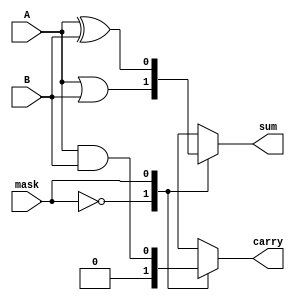
`timescale 1ns / 1ps
//////////////////////////////////////////////////////////////////////////////////
// Company: 
// Engineer: 
// 
// Design Name: 
// Module Name:    one 
// Project Name: 
// Target Devices: 
// Tool versions: 
// Description: 
//
// Dependencies: 
//
// Revision: 
// Revision 0.01 - File Created
// Additional Comments: 
//
//////////////////////////////////////////////////////////////////////////////////
module one(A , B, sum, carry , mask);

input A;
input B;
input mask;
output reg sum ;
output reg carry ;

always @(A or B or mask)
begin
case(mask)

	1'b0: begin
		sum = (A |B) ;
		carry = 1'b0 ;	
			end

	1'b1: begin
		sum = (A ^B) ;
	   carry = (A &B)  ;
			end
		
	endcase
	
end

endmodule